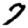
Digit: 7